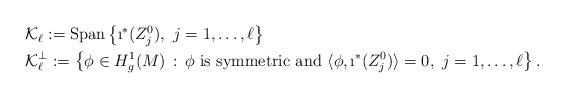
LaTeX: \begin{align*}\begin{aligned} &\mathcal K_{\ell}:={\rm Span}\left\{\i^*(Z_j^0),\ j=1,\dots,\ell\right\}\\ &\mathcal K^\bot_{\ell}:=\left\{\phi\in H^1_g(M)\,:\, \hbox{$\phi$ is symmetric and}\ \langle \phi, \i^*(Z_j^0)\rangle =0,\ j=1,\dots,\ell\right\}.\\ \end{aligned}\end{align*}